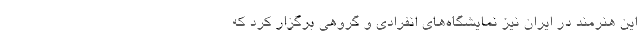
این هنرمند در ایران نیز نمایشگاه‌های انفرادی و گروهی برگزار کرد که